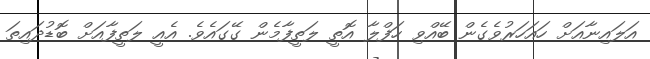
އަލައިނާއަށް ހައަހަރުވެގެން ބޭއްވި ހަފްލާ އޮތީ ލަތީފާމެން ގޭގައެވެ. އެއީ ލަތީފާއަށް ބޮޑުދައިތަ